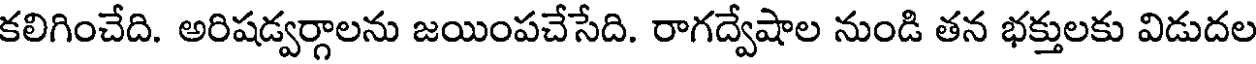
కలిగించేది. అరిషడ్వర్గాలను జయింపచేసేది. రాగద్వేషాల నుండి తన భక్తులకు విడుదల